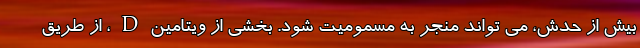
بیش از حدش، می تواند منجر به مسمومیت شود. بخشی از ویتامین D ، از طریق